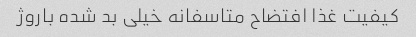
کیفیت غذا افتضاح متاسفانه خیلی بد شده باروژ